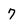
Character: 7